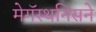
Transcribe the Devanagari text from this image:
मेगॅस्थनिसने